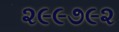
૨૯૯૭૯૨